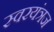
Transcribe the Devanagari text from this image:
स्वरयंत्रज